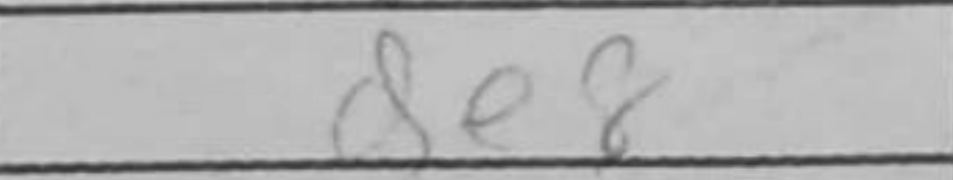
Transcription: de8